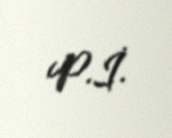
P.İ.